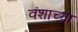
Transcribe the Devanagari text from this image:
वंशाच्य़ा